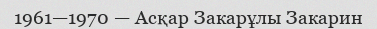
1961—1970 — Асқар Закарұлы Закарин